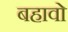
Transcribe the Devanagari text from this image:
बहावो